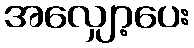
အလျှော့ပေး